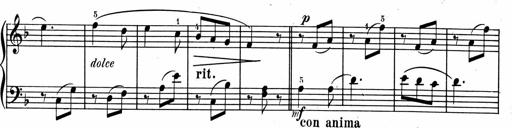
Title: 1Ã¨re Sonatine
Composer: FrÃ©dÃ©ric Binet